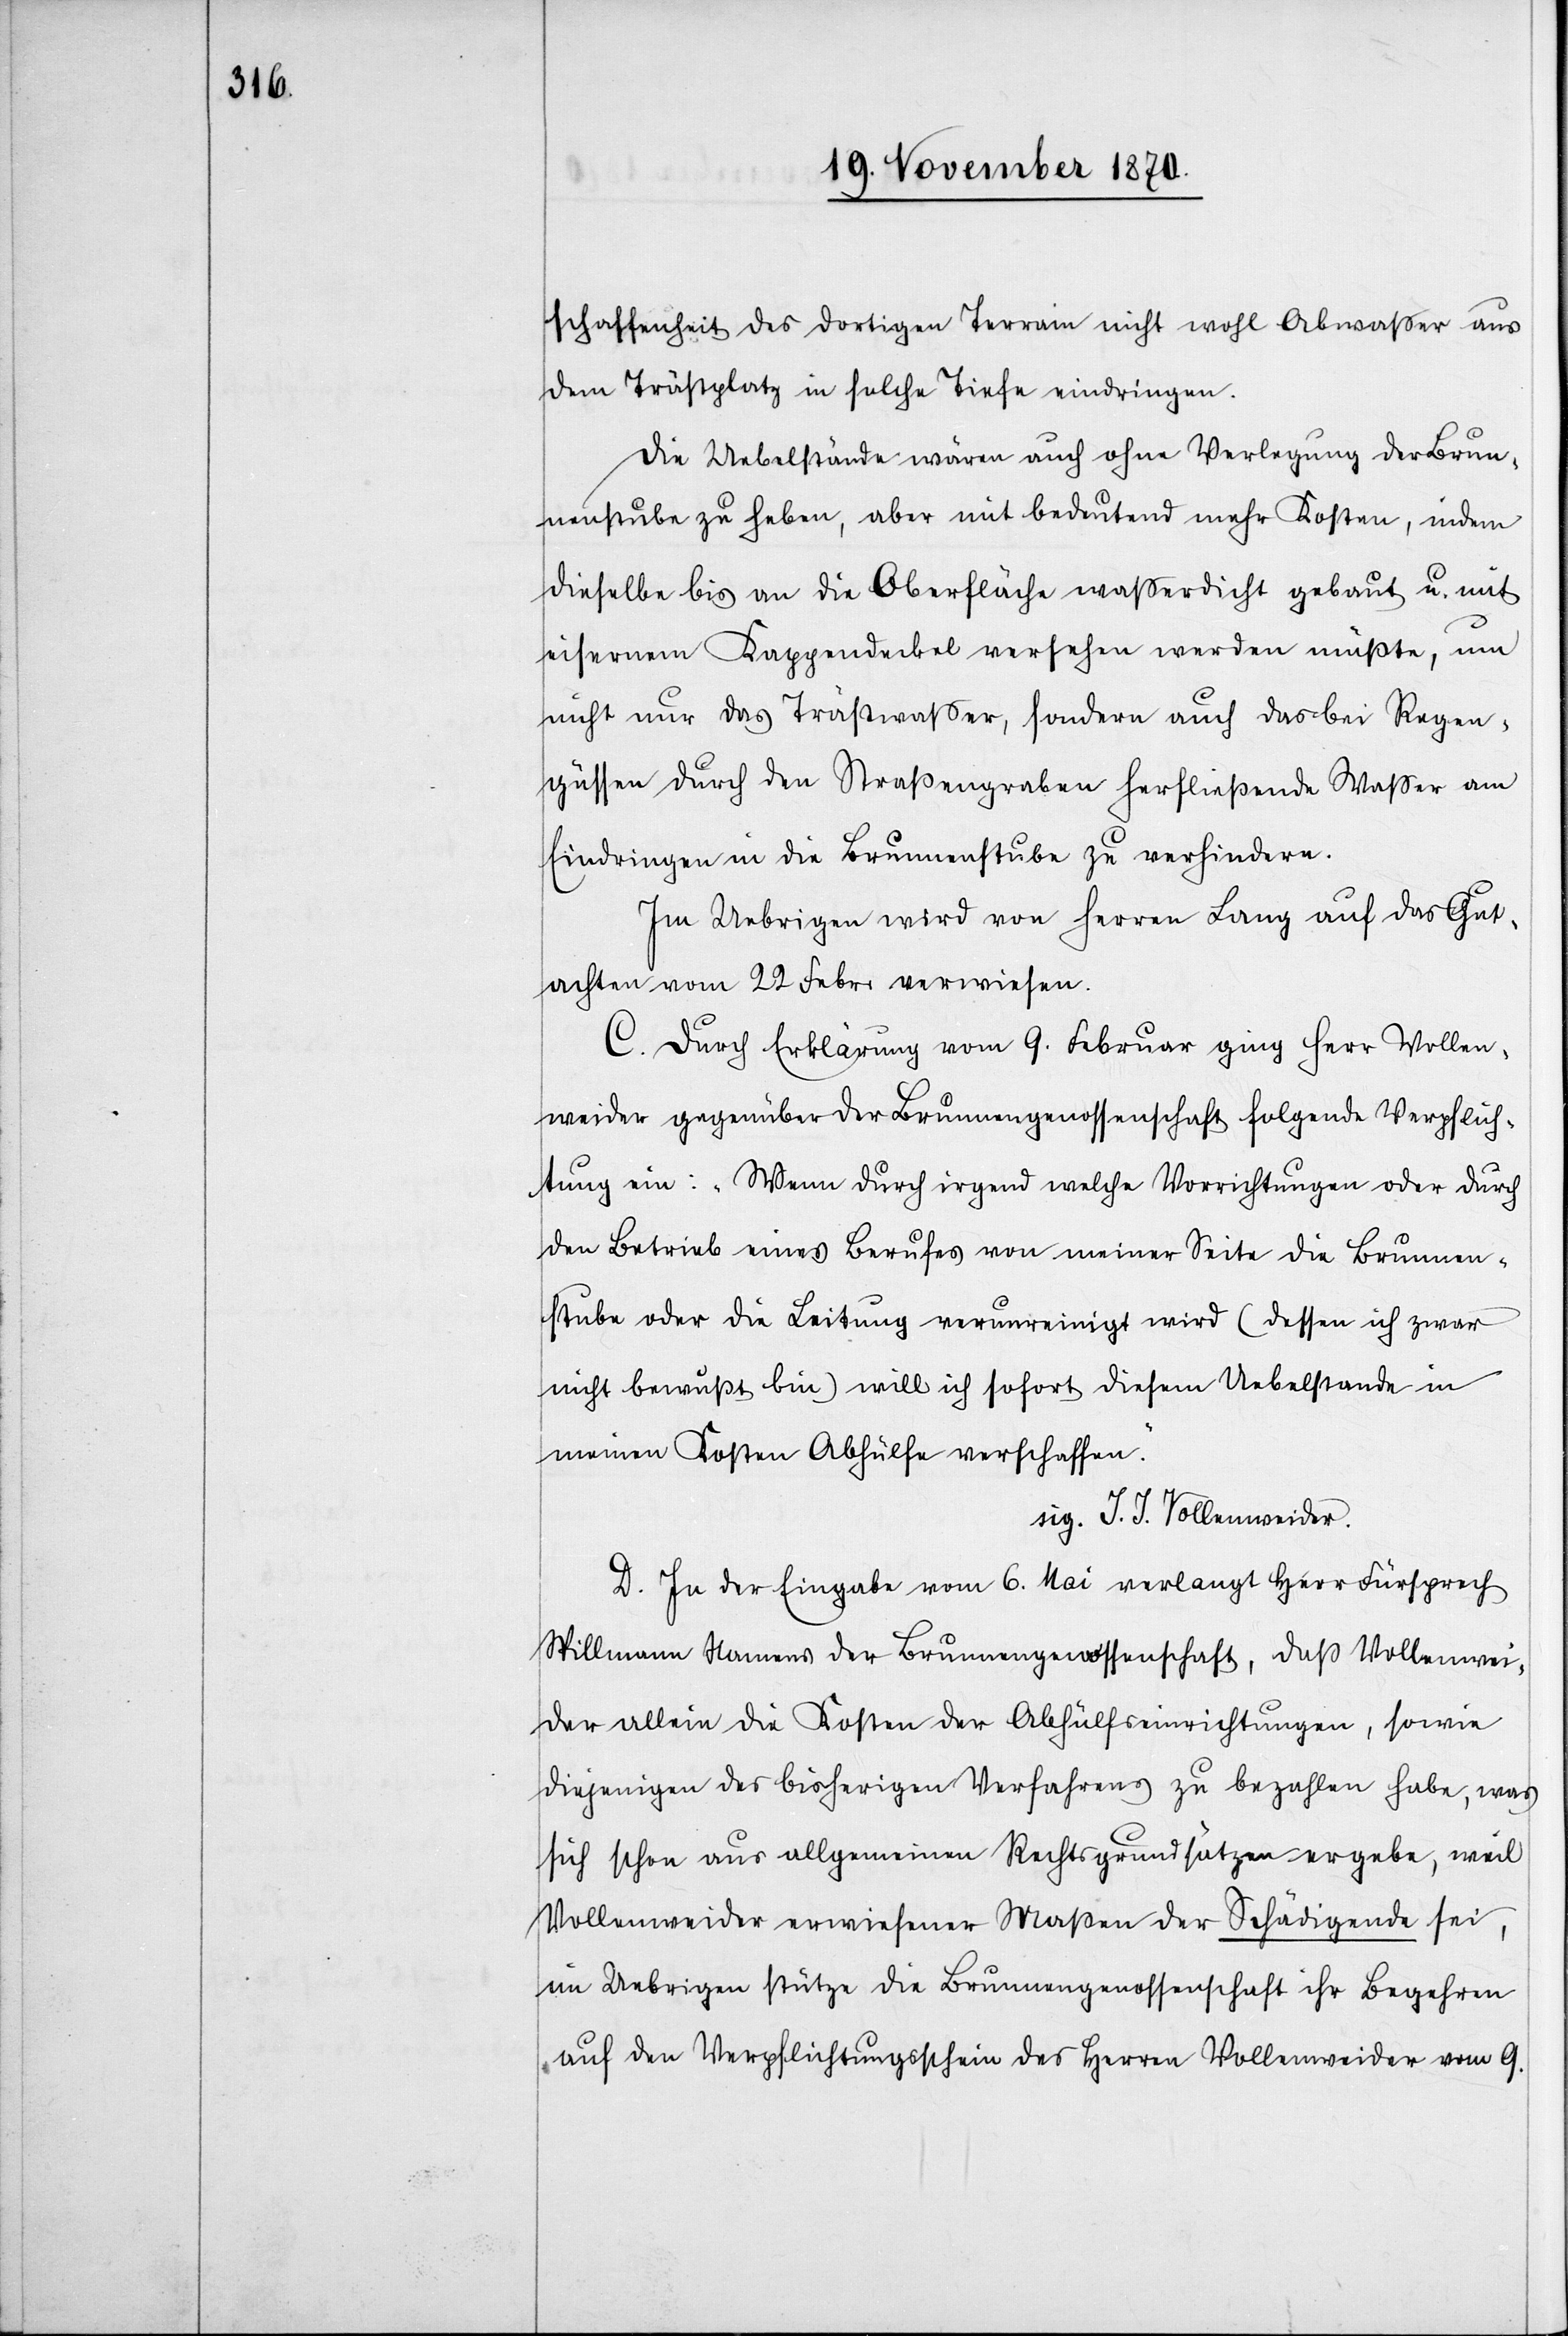
schaffenheit des dortigen Terrain nicht wohl Abwasser aus
dem Trästplatz in solche Tiefe eindringen.
Die Uebelstände wären auch ohne Verlegung der Brun¬
nenstube zu heben, aber mit bedeutend mehr Kosten, indem
dieselbe bis an die Oberfläche waßerdicht gebaut u. mit
eisernem Kappendeckel versehen werden müßte, um
nicht nur das Trästwaßer, sondern auch das bei Regen¬
güssen durch den Straßengraben herfließende Waßer am
Eindringen in die Brunnenstube zu verhindern.
Im Uebrigen wird von Herren Lang auf das Gut¬
achten vom 22 Febr. verwiesen.
C. Durch Erklärung vom 9. Februar ging Herr Vollen¬
weider gegenüber der Brunnengenossenschaft folgende Verpflich¬
tung ein: „Wenn durch irgend welche Vorrichtungen oder durch
den Betrieb eines Berufes von meiner Seite die Brunnen¬
stube oder die Leitung verunreinigt wird (dessen ich zwar
nicht bewusst bin) will ich sofort diesem Uebelstande in
meinen Kosten Abhülfe verschaffen.“
sig. J. J. Vollenweider.
D. In der Eingabe vom 6. Mai verlangt Herr Fürsprech
Stillmann Namens der Brunnengenossenschaft, daß Vollenwei¬
der allein die Kosten der Abhülfseinrichtungen, sowie
diejenigen des bisherigen Verfahrens zu bezahlen habe, was
sich schon aus allgemeinen Rechtsgrundsätzen ergebe, weil
Vollenweider erwiesener Maßen der Schädigende sei,
im Uebrigen stütze die Brunnengenossenschaft ihr Begehren
auf den Verpflichtungsschein des Herren Vollenweider vom 9.